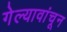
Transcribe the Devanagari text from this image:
गेल्यावांचून